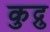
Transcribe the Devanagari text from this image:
कुद्रु